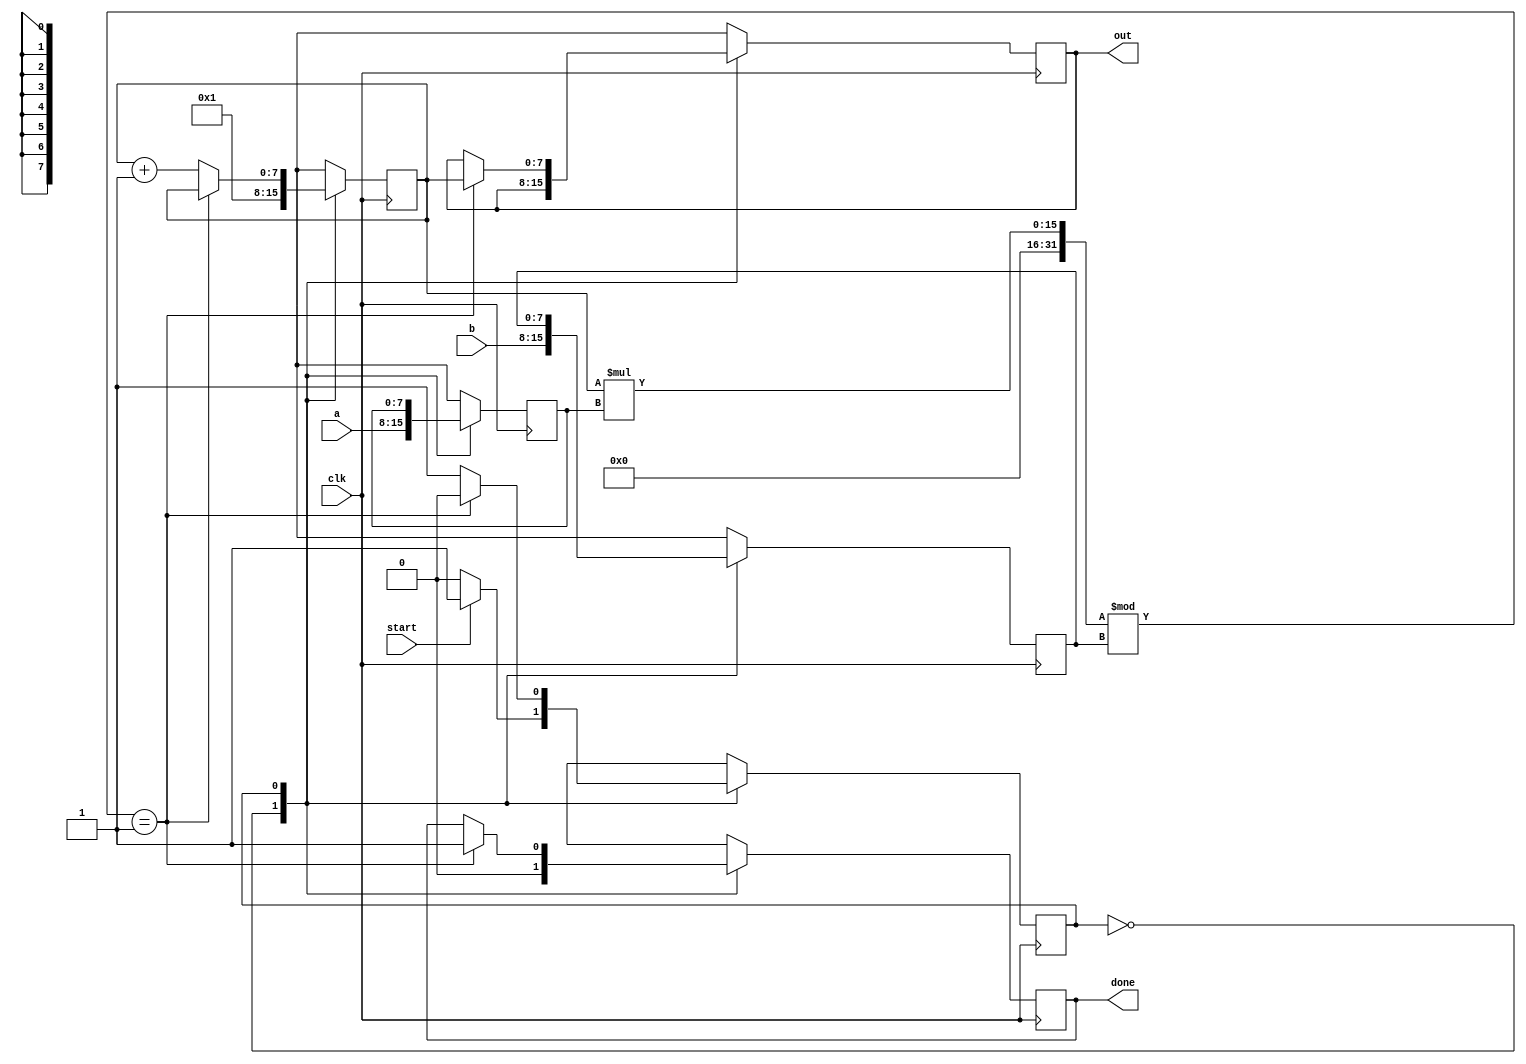
`timescale 1ns / 1ps
//////////////////////////////////////////////////////////////////////////////////
// Company: 
// Engineer: 
// 
// Design Name: 
// Module Name: find_d
// Project Name: 
// Target Devices: 
// Tool Versions: 
// Description: 
// 
// Dependencies: 
// 
// Revision:
// Revision 0.01 - File Created
// Additional Comments:
// 
//////////////////////////////////////////////////////////////////////////////////


module find_d(a,b,clk,start,out,done);
input [7:0] a,b;
input clk,start;
output reg [7:0] out;
output reg done;

reg state=0;
reg [7:0] A,B,temp;

always @ (posedge clk)
begin
case (state)
	1'b0: begin
			A = a;
			B = b;
			temp = 1;
			done =0;
			if(start)
				state = 1'b1;
		  end
	1'b1: begin
			if(((temp*A) % B)==1)
			begin
				state = 1'b0;
				out = temp;
				done = 1;
		    end
			else begin
			 temp = temp +1;
			end
				
		  end
endcase
end
endmodule